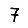
Digit: 7